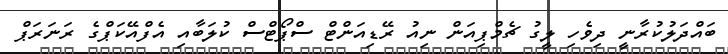
ބައްދަލުކުރާނީ ދިވެހި ލީގު ޗެމްޕިއަން ނިއު ރޭޑިއަންޓް ސްޕޯޓްސް ކުލަބާއި އެފްއޭކަޕްގެ ރަނަރަޕް